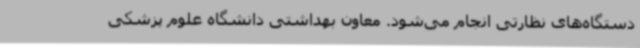
دستگاه‌های نظارتی انجام می‌شود. معاون بهداشتی دانشگاه علوم پزشکی